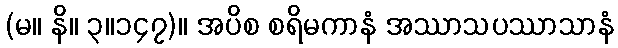
(မ။ နိ။ ၃။၁၄၇)။ အပိစ စရိမကာနံ အဿာသပဿာသာနံ